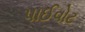
પાઈવોટ